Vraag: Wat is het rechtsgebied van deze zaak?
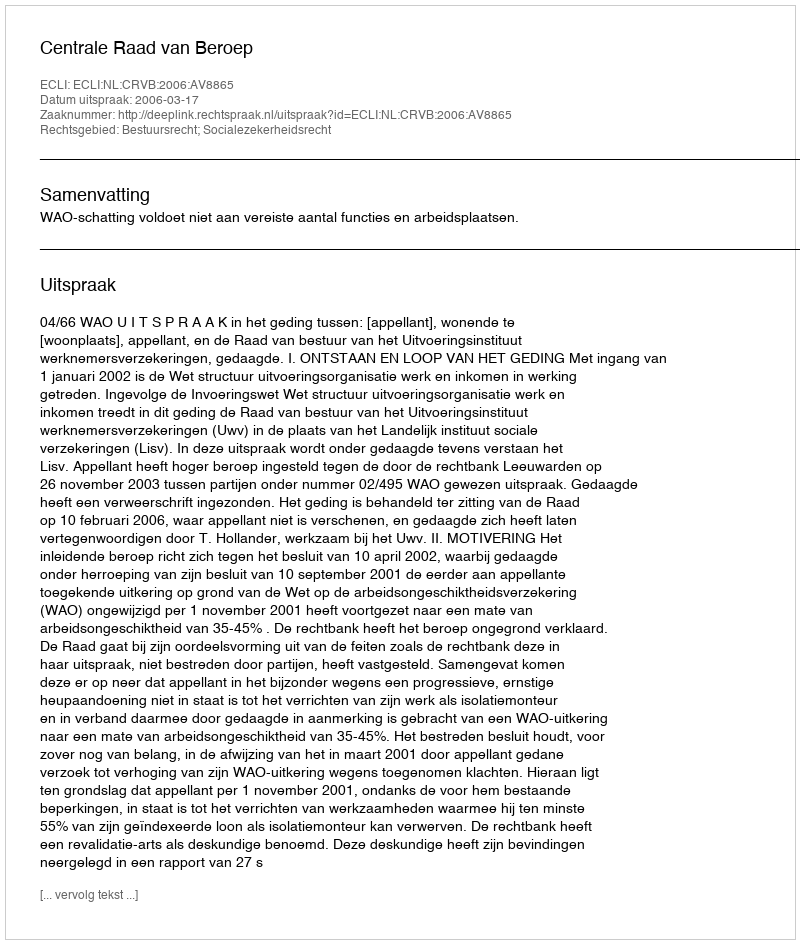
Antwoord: Bestuursrecht; Socialezekerheidsrecht